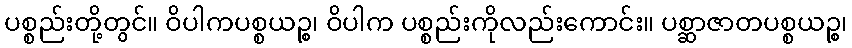
ပစ္စည်းတို့တွင်။ ဝိပါကပစ္စယဉ္စ၊ ဝိပါက ပစ္စည်းကိုလည်းကောင်း။ ပစ္ဆာဇာတပစ္စယဉ္စ၊